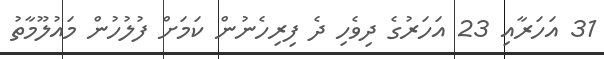
31 އަހަރާއި 23 އަހަރުގެ ދިވެހި ދެ ފިރިހެނުން ކަމަށް ފުލުުހުން މައުލޫމާތު